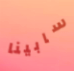
سابينا